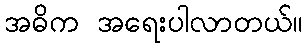
အဓိက အရေးပါလာတယ်။